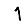
Digit: 1